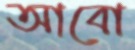
আবো